Mental hospitals Bombay report 1921-28 - 1921-1928
Year: 1921
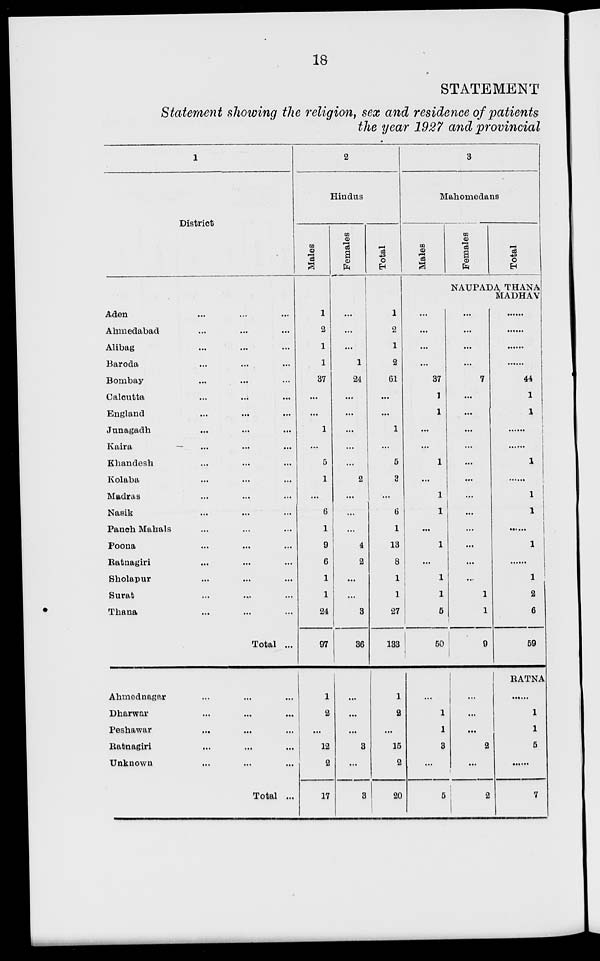
18
STATEMENT
Statement showing the religion, sex and residence of patients
the year 1927 and provincial
1
District
Aden ... ... ...
Ahmedabad ... ... ...
Alibag ... ... ...
Baroda ... ... ...
Bombay ... ... ...
Calcutta ... ... ...
England ... ... ...
Junagadh ... ... ...
Kaira ... ... ...
Khandesh ... ... ...
Kolaba ... ... ...
Madras ... ... ...
Nasik ... ... ...
Panch Mahals ... ... ...
Poona ... ... ...
Ratnagiri ... ... ...
Sholapur ... ... ...
Surat ... ... ...
Thana ... ... ...
Total ...
Ahmednagar ... ... ...
Dharwar ... ... ...
Peshawar ... ... ...
Ratnagiri ... ... ...
Unknown ... ... ...
Total ...
2
Hindus
Males
1
2
1
1
37
...
...
1
...
5
1
...
6
1
9
6
1
1
24
97
1
2
...
12
2
17
Females
...
...
...
1
24
...
...
...
...
...
2
...
...
...
4
2
...
...
3
36
...
...
...
3
...
3
Total
1
2
1
2
61
...
...
1
...
5
3
...
6
1
13
8
1
1
27
133
1
2
...
15
2
20
3
Mahomedans
Males
Females
Total
NAUPADA THANA
MADHAV
...
...
...
...
37
1
1
...
...
1
...
1
1
...
1
...
1
1
5
50
...
1
1
3
...
5
...
...
...
...
7
...
...
...
...
...
...
...
...
...
...
...
...
1
1
9
...
...
...
2
...
2
......
......
......
......
44
1
1
......
......
1
......
1
1
......
1
......
1
2
6
59
RATNA
......
1
1
5
......
7